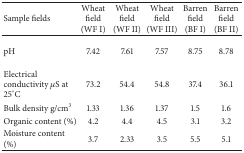
<table><thead><tr><td><b>Sample fields</b></td><td><b>Wheat field (WF I)</b></td><td><b>Wheat field (WF II)</b></td><td><b>Wheat field(WF III)</b></td><td><b>Barren field(BF I)</b></td><td><b>Barren field(BF II)</b></td></tr></thead><tbody><tr><td>pH</td><td>7.42</td><td>7.61</td><td>7.57</td><td>8.75</td><td>8.78</td></tr><tr><td>Electrical conductivity μS at 25°C</td><td>73.2</td><td>54.4</td><td>54.8</td><td>37.4</td><td>36.1</td></tr><tr><td>Bulk density g/cm<sup>3</sup></td><td>1.33</td><td>1.36</td><td>1.37</td><td>1.5</td><td>1.6</td></tr><tr><td>Organic content (%)</td><td>4.2</td><td>4.4</td><td>4.5</td><td>3.1</td><td>3.2</td></tr><tr><td>Moisture content (%)</td><td>3.7</td><td>2.33</td><td>3.5</td><td>5.5</td><td>5.1</td></tr></tbody></table>